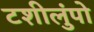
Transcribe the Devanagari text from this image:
टशीलुंपो